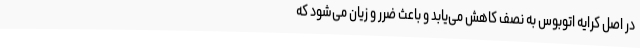
در اصل کرایه اتوبوس به نصف کاهش می‌یابد و باعث ضرر و زیان می‌شود که